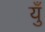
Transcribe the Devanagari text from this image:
युँ